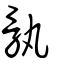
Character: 骫